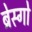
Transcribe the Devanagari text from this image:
ब्रेस्गो